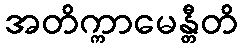
အတိက္ကာမေန္တီတိ